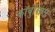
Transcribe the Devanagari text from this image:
कॉर्बुसिएर